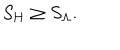
S _ { \mathrm { H } } \ge S _ { \mathrm { \Lambda } } .